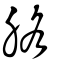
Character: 胳